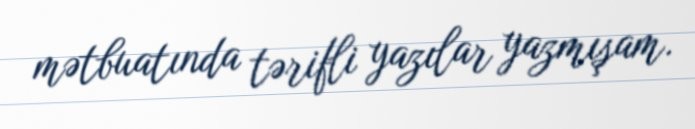
mətbuatında tərifli yazılar yazmışam.